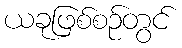
ယခုဖြစ်စဉ်တွင်